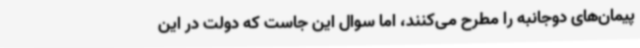
پیمان‌های دوجانبه را مطرح می‌کنند، اما سوال این جاست که دولت در این